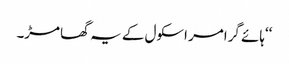
‘‘ہائے گرامر اسکول کے یہ گھامڑ۔